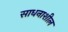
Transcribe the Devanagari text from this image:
साधनाशील